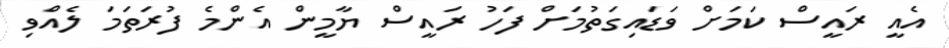
އެއީ ރައީސް ކަމަށް ވަޑައިގަތުމަށް ފަހު ރައީސް ޔާމީން އެންމެ ފުރަތަމަ ލެއްވި